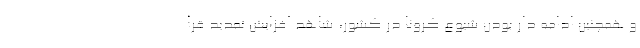
و همچنین ادامه دار بودن شیوع کرونا در کشور، شاهد افزایش تمدید قرا